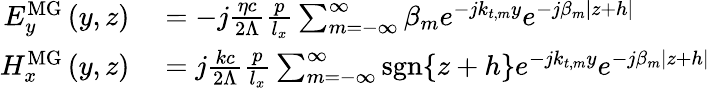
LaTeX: \begin{array}{rl}{E_{y}^{\mathrm{MG}}\left(y,z\right)}&{{}=-j\frac{\eta c}{2\Lambda}\frac{p}{l_{x}}\sum_{m=-\infty}^{\infty}\beta_{m}e^{-jk_{t,m}y}e^{-j\beta_{m}|z+h|}}\\ {H_{x}^{\mathrm{MG}}\left(y,z\right)}&{{}=j\frac{kc}{2\Lambda}\frac{p}{l_{x}}\sum_{m=-\infty}^{\infty}\mathrm{sgn}\{ z+h\} e^{-jk_{t,m}y}e^{-j\beta_{m}|z+h|}}\end{array}